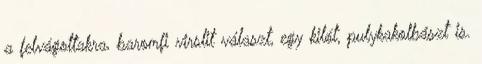
a felvágottakra, baromfi virslit választ, egy kilót, pulykakolbászt is.